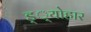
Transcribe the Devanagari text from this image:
ड््योहार